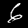
Digit: 6